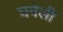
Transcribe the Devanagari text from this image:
घवेली